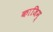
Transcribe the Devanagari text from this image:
काजिम्